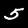
Digit: 5